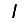
Digit: 1